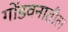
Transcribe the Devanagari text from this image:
गोंडवनातील